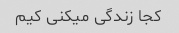
کجا زندگی میکنی کیم